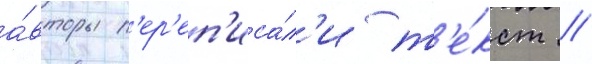
а́вторы п'ер'еп'иса́л'и т'е́кст /